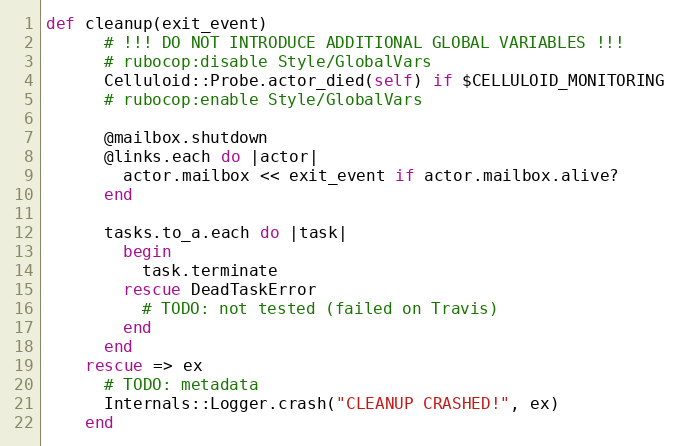
Language: Ruby
def cleanup(exit_event)
      # !!! DO NOT INTRODUCE ADDITIONAL GLOBAL VARIABLES !!!
      # rubocop:disable Style/GlobalVars
      Celluloid::Probe.actor_died(self) if $CELLULOID_MONITORING
      # rubocop:enable Style/GlobalVars

      @mailbox.shutdown
      @links.each do |actor|
        actor.mailbox << exit_event if actor.mailbox.alive?
      end

      tasks.to_a.each do |task|
        begin
          task.terminate
        rescue DeadTaskError
          # TODO: not tested (failed on Travis)
        end
      end
    rescue => ex
      # TODO: metadata
      Internals::Logger.crash("CLEANUP CRASHED!", ex)
    end